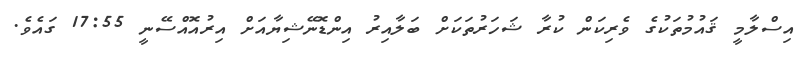
އިސްލާމީ ޤައުމުތަކުގެ ވެރިކަން ކުރާ ޝަހަރުތަކަށް ބަލާއިރު އިންޑޮނޭޝިޔާއަށް އިރުއޮއްސޭނީ 17:55 ގައެވެ.